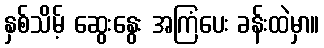
နှစ်သိမ့် ဆွေးနွေး အကြံပေး ခန်းထဲမှာ။